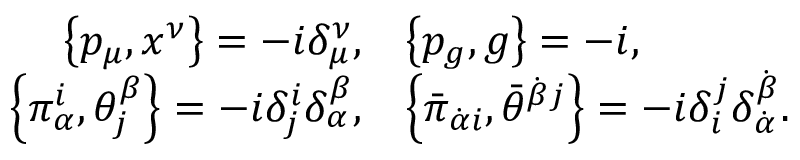
\begin{array} { r l } { { { \displaystyle \left\{ p _ { \mu } , x ^ { \nu } \right\} = - i \delta _ { \mu } ^ { \nu } , } } } & { { { \displaystyle \left\{ p _ { g } , g \right\} = - i , } } } \\ { { { \displaystyle \left\{ \pi _ { \alpha } ^ { i } , \theta _ { j } ^ { \beta } \right\} = - i \delta _ { j } ^ { i } \delta _ { \alpha } ^ { \beta } , } } } & { { { \displaystyle \left\{ \bar { \pi } _ { \dot { \alpha } i } , \bar { \theta } ^ { \dot { \beta } j } \right\} = - i \delta _ { i } ^ { j } \delta _ { \dot { \alpha } } ^ { \dot { \beta } } . } } } \end{array}